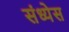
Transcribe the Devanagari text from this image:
संध्येस